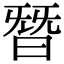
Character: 朁